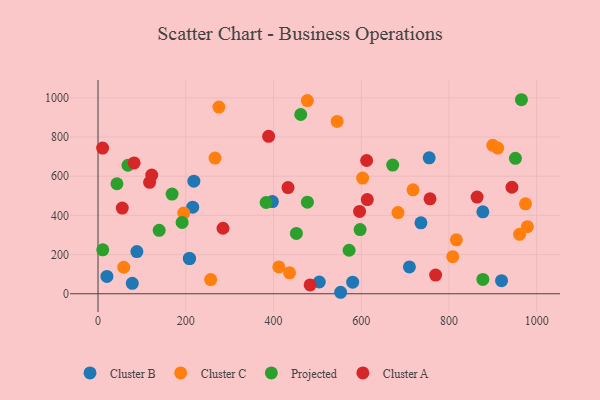
{"axis": {"x": "Speed", "y": "Rating"}, "legend": ["Cluster A", "Cluster B", "Cluster C", "Projected"], "data": [{"x": "504.4", "y": 60.0, "type": "Cluster B"}, {"x": "88.6", "y": 215.3, "type": "Cluster B"}, {"x": "553.0", "y": 7.6, "type": "Cluster B"}, {"x": "208.1", "y": 180.5, "type": "Cluster B"}, {"x": "709.8", "y": 136.8, "type": "Cluster B"}, {"x": "919.8", "y": 66.6, "type": "Cluster B"}, {"x": "877.2", "y": 418.2, "type": "Cluster B"}, {"x": "215.8", "y": 441.7, "type": "Cluster B"}, {"x": "20.3", "y": 88.5, "type": "Cluster B"}, {"x": "218.5", "y": 574.3, "type": "Cluster B"}, {"x": "580.5", "y": 59.1, "type": "Cluster B"}, {"x": "208.8", "y": 179.5, "type": "Cluster B"}, {"x": "397.5", "y": 470.3, "type": "Cluster B"}, {"x": "736.1", "y": 362.0, "type": "Cluster B"}, {"x": "78.1", "y": 53.4, "type": "Cluster B"}, {"x": "754.9", "y": 693.9, "type": "Cluster B"}, {"x": "911.1", "y": 743.3, "type": "Cluster C"}, {"x": "899.8", "y": 757.3, "type": "Cluster C"}, {"x": "275.6", "y": 952.7, "type": "Cluster C"}, {"x": "195.4", "y": 411.7, "type": "Cluster C"}, {"x": "808.6", "y": 189.5, "type": "Cluster C"}, {"x": "718.0", "y": 530.2, "type": "Cluster C"}, {"x": "545.1", "y": 879.7, "type": "Cluster C"}, {"x": "816.9", "y": 275.5, "type": "Cluster C"}, {"x": "412.1", "y": 136.9, "type": "Cluster C"}, {"x": "266.7", "y": 692.4, "type": "Cluster C"}, {"x": "477.2", "y": 986.0, "type": "Cluster C"}, {"x": "436.6", "y": 106.9, "type": "Cluster C"}, {"x": "978.7", "y": 342.5, "type": "Cluster C"}, {"x": "961.0", "y": 303.3, "type": "Cluster C"}, {"x": "58.6", "y": 135.3, "type": "Cluster C"}, {"x": "256.8", "y": 72.3, "type": "Cluster C"}, {"x": "603.2", "y": 590.4, "type": "Cluster C"}, {"x": "683.8", "y": 414.4, "type": "Cluster C"}, {"x": "974.4", "y": 458.8, "type": "Cluster C"}, {"x": "951.4", "y": 691.1, "type": "Projected"}, {"x": "191.7", "y": 364.2, "type": "Projected"}, {"x": "597.4", "y": 327.7, "type": "Projected"}, {"x": "452.2", "y": 307.8, "type": "Projected"}, {"x": "671.7", "y": 656.5, "type": "Projected"}, {"x": "477.3", "y": 467.4, "type": "Projected"}, {"x": "965.1", "y": 990.2, "type": "Projected"}, {"x": "877.2", "y": 73.2, "type": "Projected"}, {"x": "572.3", "y": 222.0, "type": "Projected"}, {"x": "10.8", "y": 224.1, "type": "Projected"}, {"x": "383.1", "y": 465.7, "type": "Projected"}, {"x": "43.1", "y": 561.3, "type": "Projected"}, {"x": "68.2", "y": 655.7, "type": "Projected"}, {"x": "139.4", "y": 323.7, "type": "Projected"}, {"x": "462.1", "y": 914.9, "type": "Projected"}, {"x": "168.8", "y": 508.7, "type": "Projected"}, {"x": "613.8", "y": 480.8, "type": "Cluster A"}, {"x": "612.3", "y": 680.1, "type": "Cluster A"}, {"x": "122.5", "y": 605.7, "type": "Cluster A"}, {"x": "864.1", "y": 493.6, "type": "Cluster A"}, {"x": "943.5", "y": 543.5, "type": "Cluster A"}, {"x": "388.9", "y": 803.4, "type": "Cluster A"}, {"x": "433.1", "y": 541.9, "type": "Cluster A"}, {"x": "596.2", "y": 420.1, "type": "Cluster A"}, {"x": "117.6", "y": 568.7, "type": "Cluster A"}, {"x": "82.3", "y": 667.8, "type": "Cluster A"}, {"x": "769.5", "y": 95.2, "type": "Cluster A"}, {"x": "483.5", "y": 44.9, "type": "Cluster A"}, {"x": "10.5", "y": 743.3, "type": "Cluster A"}, {"x": "756.8", "y": 484.5, "type": "Cluster A"}, {"x": "284.9", "y": 334.4, "type": "Cluster A"}, {"x": "55.3", "y": 437.5, "type": "Cluster A"}]}